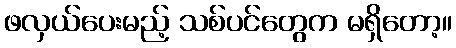
ဖလှယ်ပေးမည့် သစ်ပင်တွေက မရှိတော့။